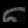
Digit: ၈